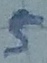
Text: 5